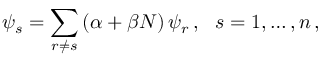
\psi _ { s } = \sum _ { r \ne s } \left( \alpha + \beta N \right) \psi _ { r } \, , \ \ s = 1 , \ldots , n \, ,